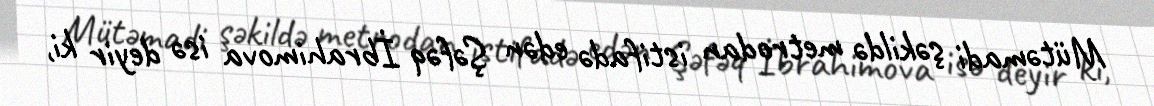
Mütəmadi şəkildə metrodan istifadə edən Şəfəq İbrahimova isə deyir ki,